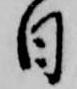
日